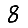
Digit: 8